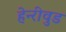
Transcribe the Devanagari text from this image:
हेन्‍रीवुड